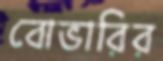
বোভারির